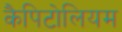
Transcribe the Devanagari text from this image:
कैपिटोलियम